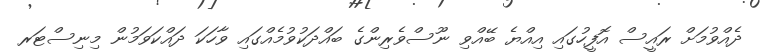
ދެއްވުމަށް ރައީސް އޮފީހުގައި އިއްޔެ ބޭއްވި ނޫސްވެރިންގެ ބައްދަކުވުމެއްގައި ވާހަކަ ދައްކަވަމުން މިނިސްޓަރ